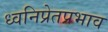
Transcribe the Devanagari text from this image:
ध्वनिप्रेतप्रभाव